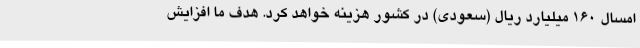
امسال 160 میلیارد ریال (سعودی) در کشور هزینه خواهد کرد. هدف ما افزایش